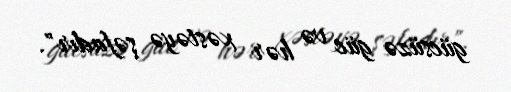
gücsüzə güc və hər xəstəyə şəfadır".